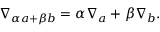
\nabla _ { \alpha a + \beta b } = \alpha \nabla _ { a } + \beta \nabla _ { b } .